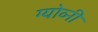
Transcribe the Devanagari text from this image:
ग्योव्नी